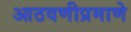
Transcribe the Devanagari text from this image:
आठवणीप्रमाणे